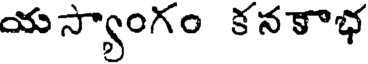
యస్యాంగం కనకాభ